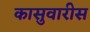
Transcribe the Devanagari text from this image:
कासुवारीस